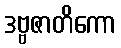
ဒဗ္ဗဇာတိကော